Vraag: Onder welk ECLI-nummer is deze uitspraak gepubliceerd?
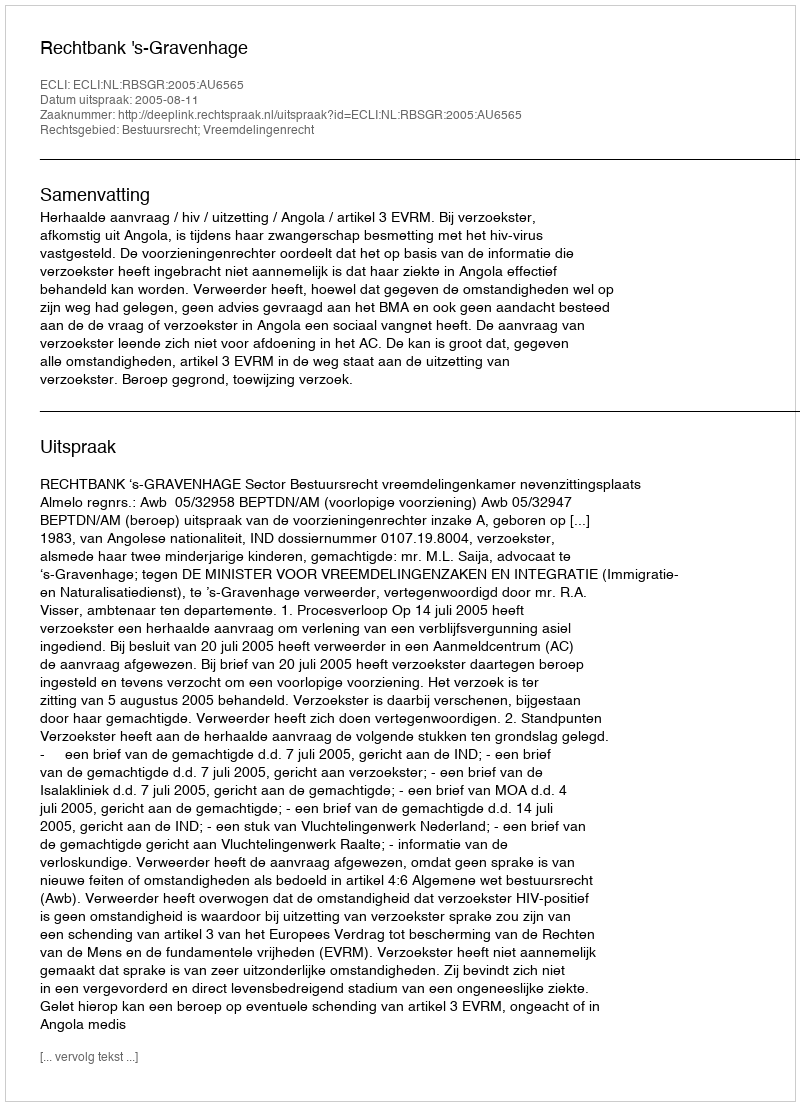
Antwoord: ECLI:NL:RBSGR:2005:AU6565